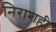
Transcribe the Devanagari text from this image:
निराशही